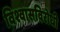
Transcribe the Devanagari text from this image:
विश्वासविरोधी